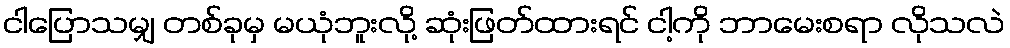
ငါပြောသမျှ တစ်ခုမှ မယုံဘူးလို့ ဆုံးဖြတ်ထားရင် ငါ့ကို ဘာမေးစရာ လိုသလဲ